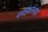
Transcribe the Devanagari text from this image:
ग्लाईकोसाईड